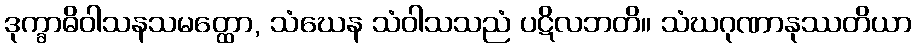
ဒုက္ခာဓိဝါသနသမတ္ထော, သံဃေန သံဝါသသညံ ပဋိလဘတိ။ သံဃဂုဏာနုဿတိယာ